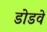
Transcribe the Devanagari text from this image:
डोडवे